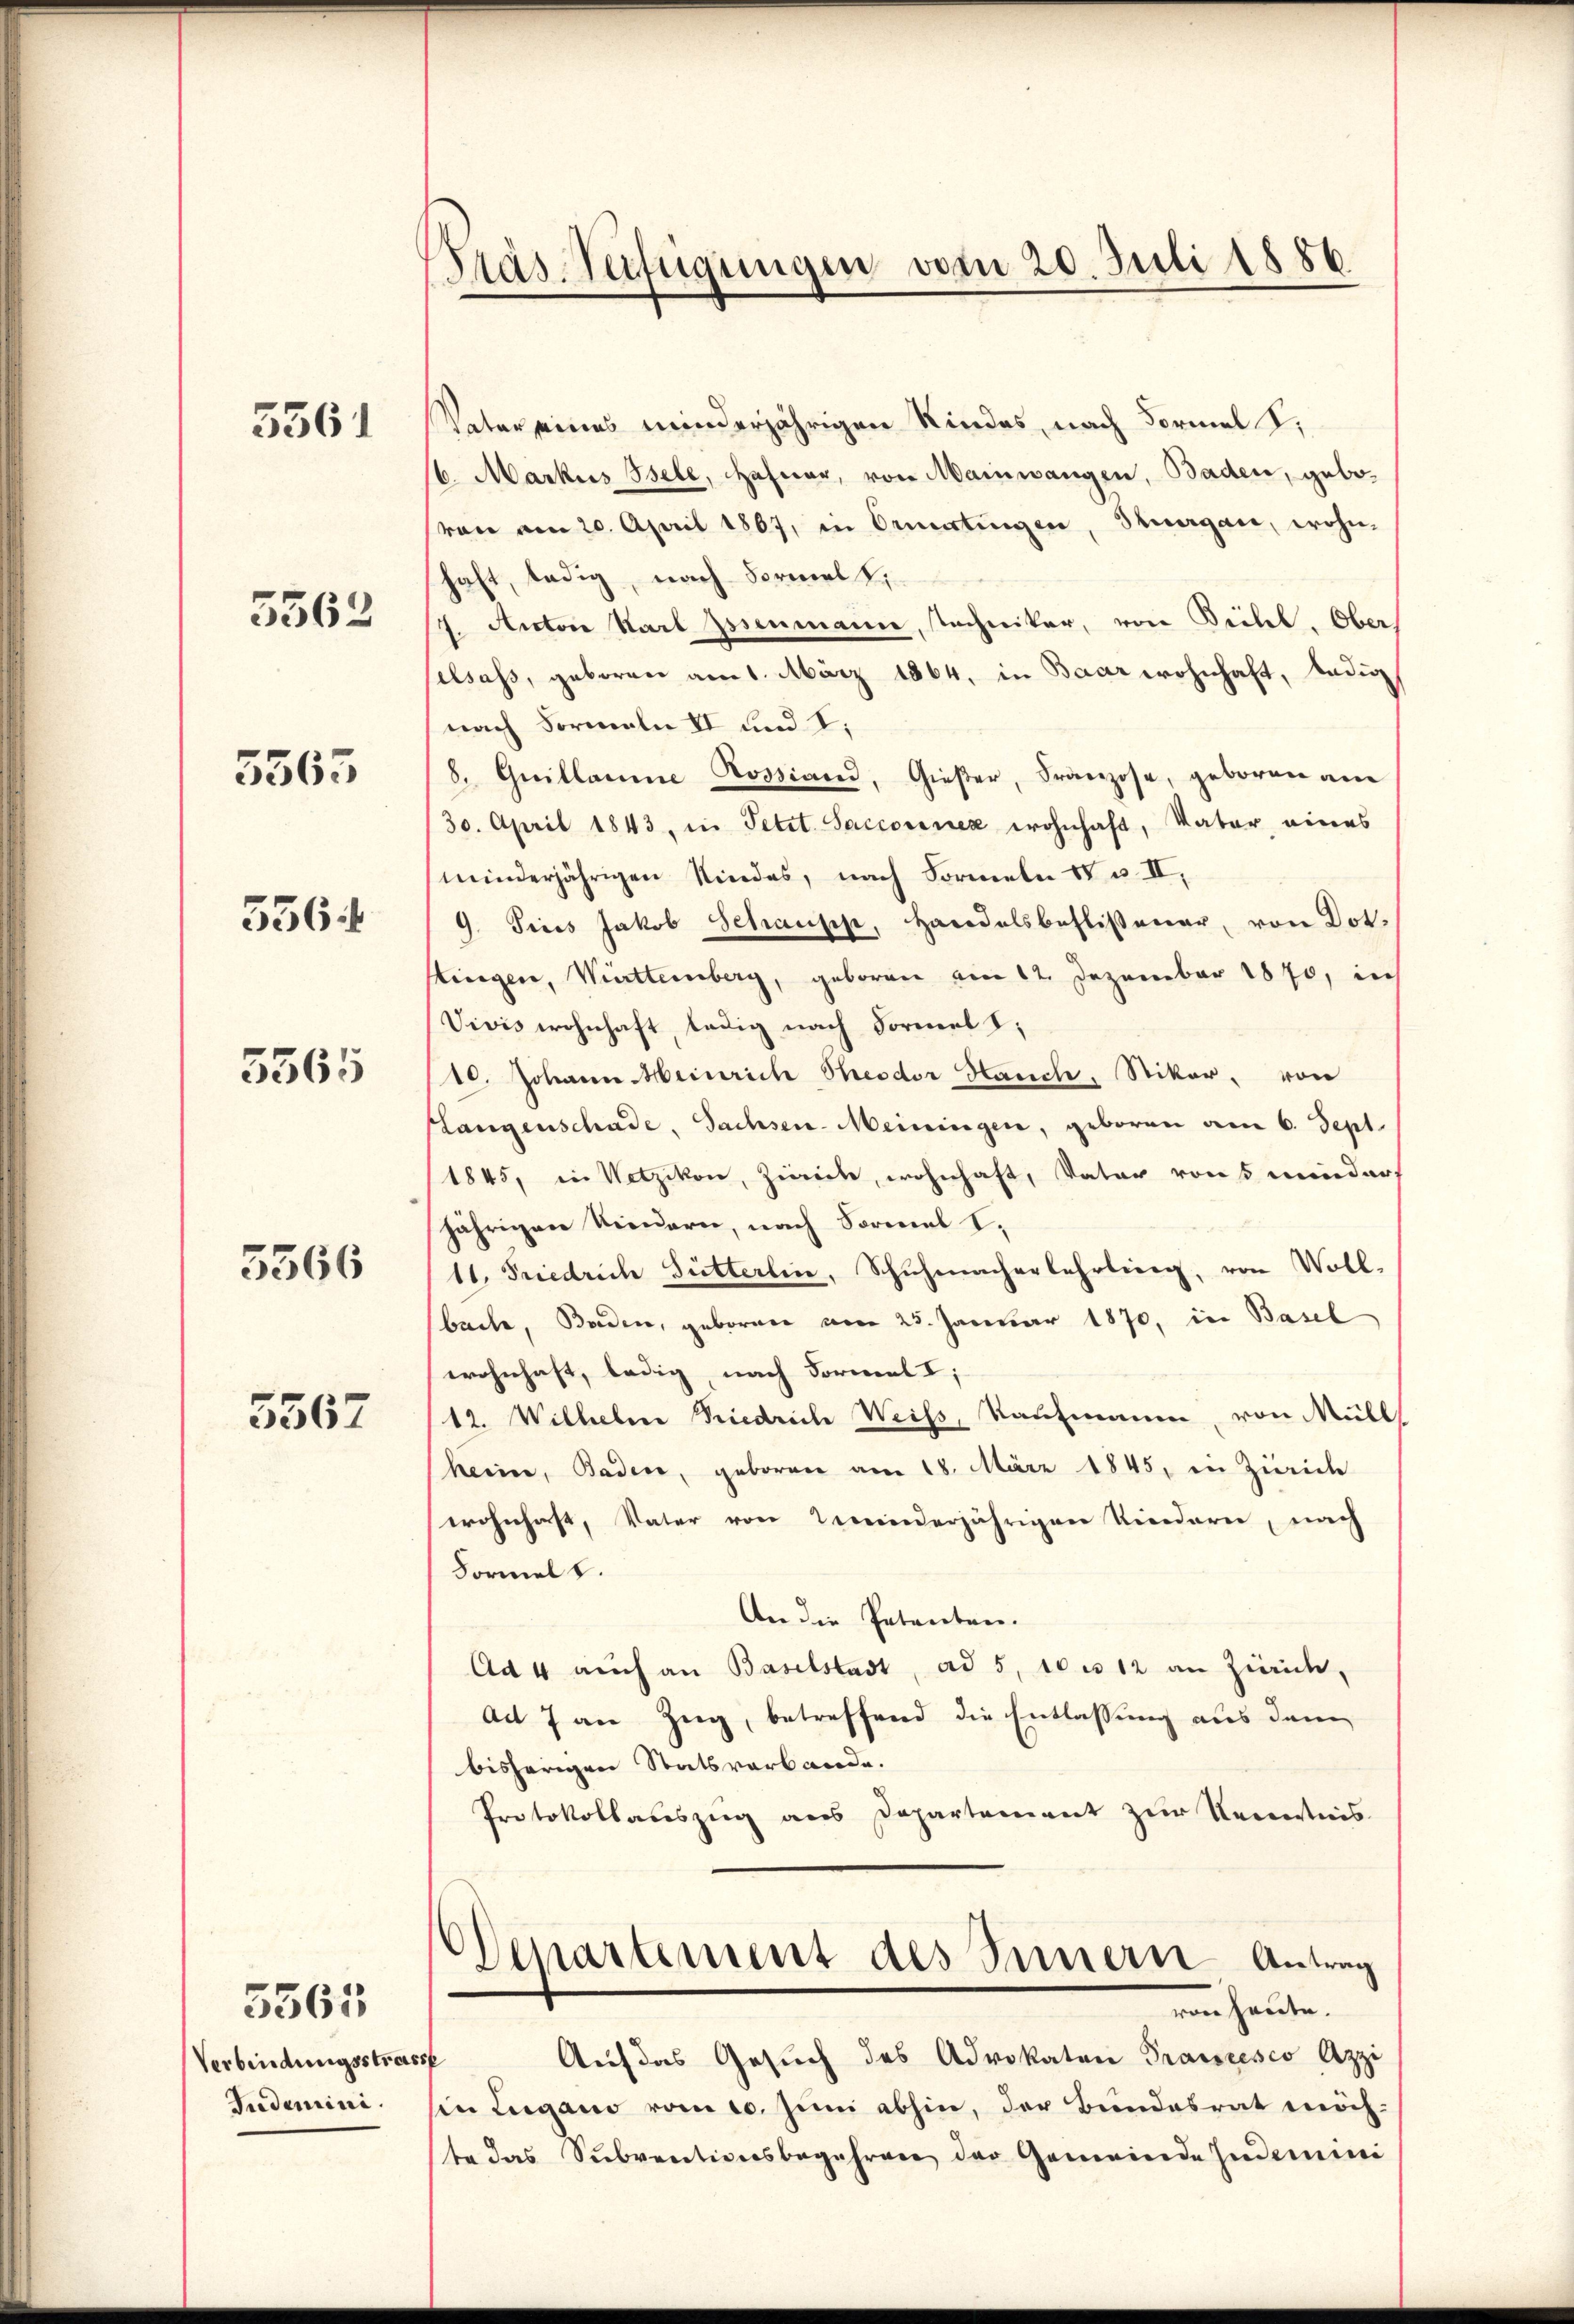
5561

5562

5563
556.

5565

5366

5567

Verbindungsstrasse
Tudemini.

5565

Präs. Verfügungen vom 20. Juli 1886.

Vater seines minderjährigen Kindes, nach Formel,
16. Markus Bsele, Hahner, von Mainwangen, Baden, gebo¬
(von am 20. April 1867, in Ormatingen, Thurgau, wohn-
haft, ledig, nach Formelt.
7. Anton Karl Hosenmann, Techniker, von Seitel. Ober
selsass, geboren am 1. März 1864, in Baar wohnhaft, ledig
nach Formeln II und I.
8. Quillaume Rossiand, Gießer, Franzose, geboren am
30. April 1843, in Petit. Saccorner wohnhaft, Vater eines
minderjährigen Kindes, nach Formeln u. v. II,
9. Sines Jakob Schause, Handelsbeflißener, von Dot.
tingen, Württemberg, geboren am 12. Dezember 1870, in
Vivis wohnhaft, ledig nach Formel I
10. Johann Heinrich Theodor Hauch, Stiker, von
Langenschade, Sachsen-Meiningen, geboren am 6. Sept.
1845, in Netzikon, Zwicke, wohnhaft, Vater von 5 minders
jährigen Niedern, nach Sormal I.
11. Friedrich Fütterlin, Schŭhmacherlehrling, von Voll-
bache, Baden, geboren vom 25. Januar 1870, in Basel
wohnhaft, ledig, nach Formal I;
12. Wilhelm Friedrich Weiss, Kaufmann, von Müll
heim, Baden, geboren am 18. März 1845, in Zürich
wohnhaft, Vater von meinderjährigen Kindere, nach
Formelt.
An die Patenten.
Ad 4 auch an Baselstadt, ad 5, 10 is 12 an Zürich,
Ad 7 an Zug, betreffend die Entlassung aus dem
bisherigen Statsverbande.
Protokollauszug aus Departement zur Kenntnis
Denartement des Innern Antrag
von heute.
Auf das Gesuch des Advokaten Prancesco Azzi
hin Lugano vom 10. Juni abhin, der Bundesrat möchste das Subventionsbegehren der Gemeinde Indemini